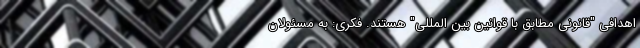
اهدافی "قانونی مطابق با قوانین بین المللی" هستند. فکری: به مسئولان